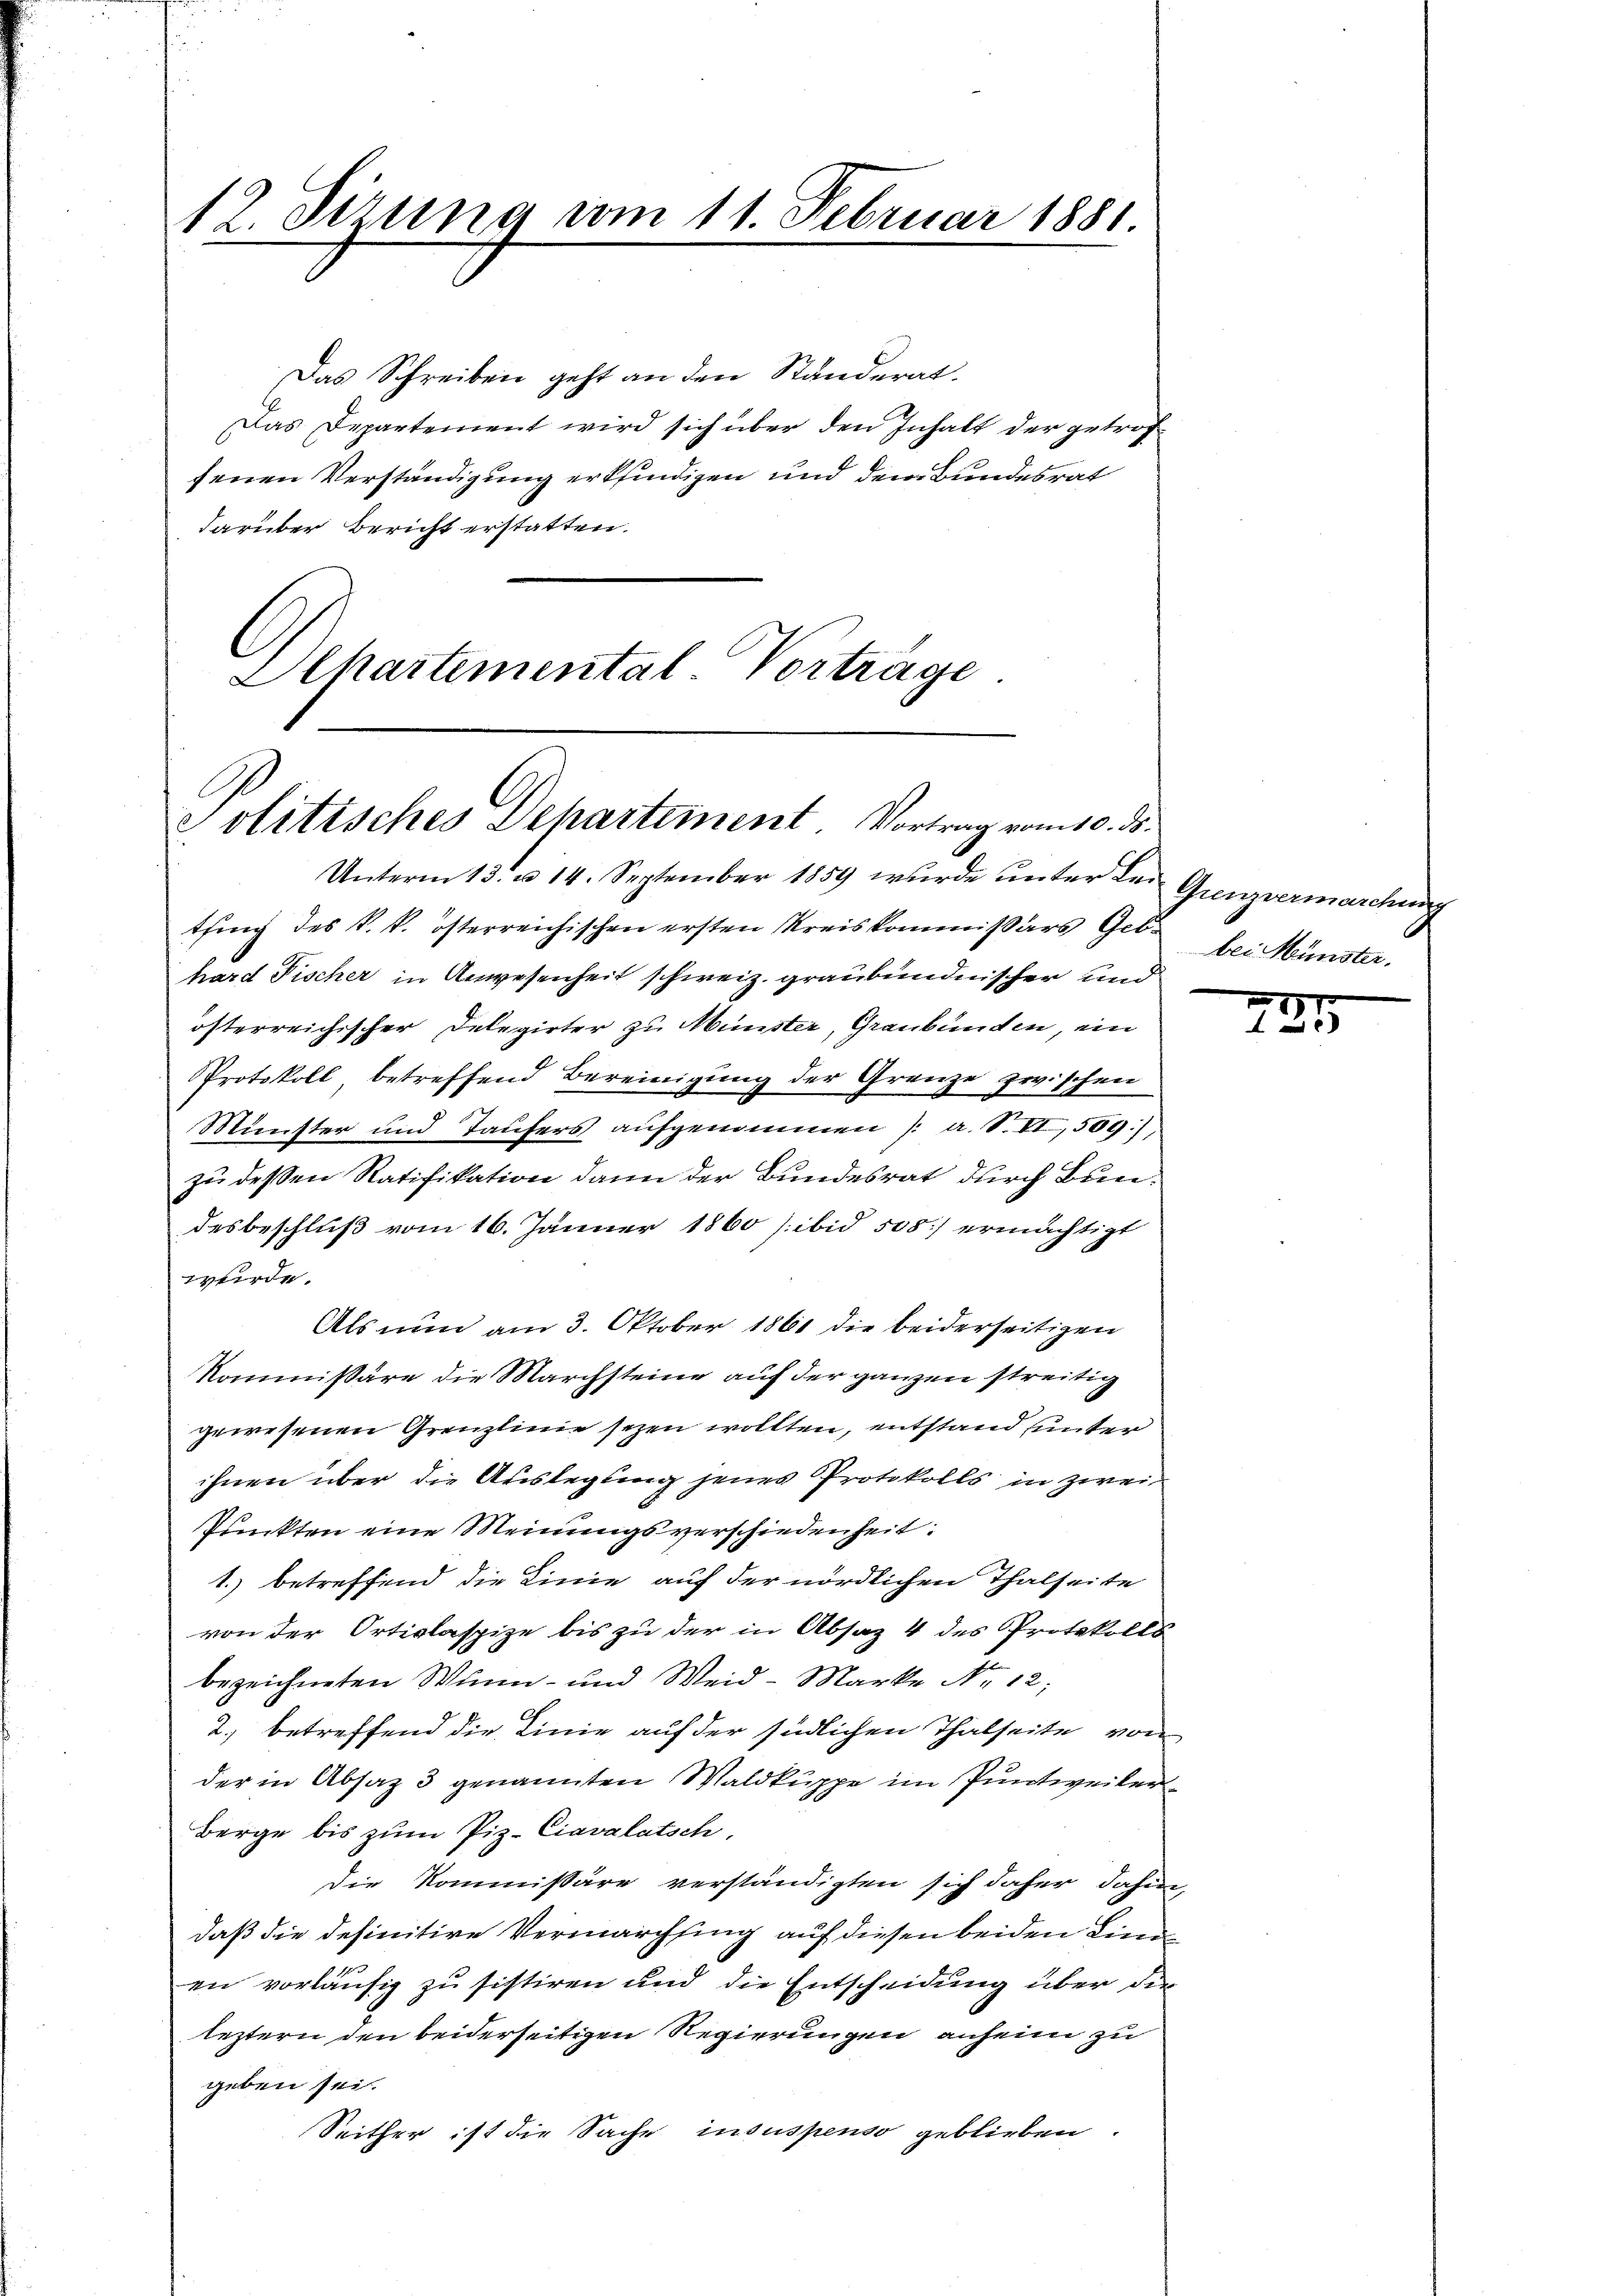
12. Sizung vom 11. Februar 1881

Das Schreiben geht an den Ständerat.
Das Departement wird sich über den Inhalt der getroffenen Verständigung erkfindigen und dem Bundesrat
darüber Bericht erstatten.
Alkartemental Vortrage

Politisches Dehartement. Vortrag vom 10. ds.

Unterm 13. u. 14. September 1859 wurde ŭnter der Grenzvermarchung
tsing des k. k. österreichischen ersten Kreiskommissärs Ges. bei Münster.
hard Fischer in Anwesenheit schweiz. graubündnischer und
österreichischer Delegirter zu Münster, Graubünden, ein
Protokoll, betreffend Bereinigung der Grenze zwischen
Münster und Taufers aufgenommen /: a. S. VI, 589),
zu deßen Ratifikation dann der Bundesrat durch Bundesbeschluß vom 16. Jänner 1860 ibid 508/ ermächtigt
werde.
Als nun am 3. Oktober 1861 die beiderseitigen
Kommissäre die Marchsteine auf der ganzen streitig
gewesenen Grenzlinie sezen wollten, entstand unter
ihnen über die Auslegung jenes Protokolls in zwei¬
Punkten eine Meinungsverschiedenheit:
1.) betreffend die Linie auf der nördlichen Thalseite
von der Orticlaspize bis zu der in Absaz 4 des Protokolls
bezeichneten Wunn- und Weid- Marke Nr. 12;
2.) betreffend die Linie auf der südlichen Thalseite von
der in Absatz 3 genannten Waldkuppe im Puntweiler
Berge bis zum Piz. Ciavalatsch
Die Kommissäre verständigten sich daher dahin,
daß die definitive Vermarchsing auf diesen beiden Lina
en vorläufig zu sistiren und die Entscheidung über die
leztern den beiderseitigen Regierungen anheim zu
geben sei.
Seither ist die Sache insuspenso geblieben.

1